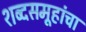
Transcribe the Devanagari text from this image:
शब्दसमूहांचा